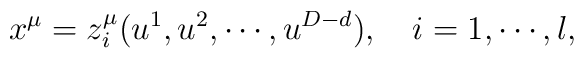
x^\mu =z_i^\mu (u^1,u^2,\cdots ,u^{D-d}),\quad i=1,\cdots ,l,